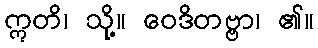
ဣတိ၊ သို့။ ဝေဒိတဗ္ဗာ၊ ၏။